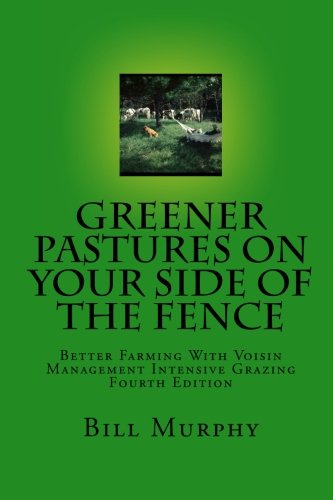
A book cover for Greener Pasture on Your Side of the Fence: Better Farming Voisin Management-Intensive Grazing (4th Edition); Bill Murphy; Science & Math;